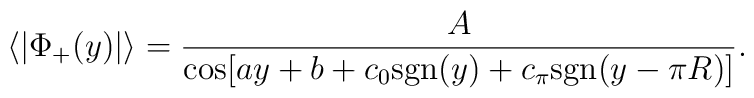
\langle |\Phi_+ (y)| \rangle = {A \over \cos [ay + b + c_0 {\rm sgn}(y) + c_\pi {\rm sgn }(y-\pi R)]}.